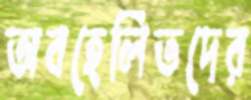
অবহেলিতদের